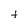
Character: t